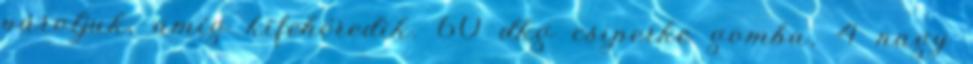
pároljuk, amíg kifehéredik. 60 dkg csiperke gomba, 4 nagy